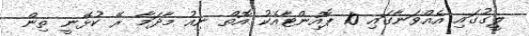
ލީގުގައި އެއްވަނާގައި 10 ޕޮއިންޓާއެކު އޮތް ނިއު މާދަމާ ރޭ ކުޅޭނީ ތިން